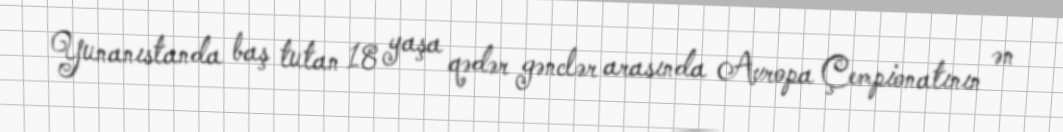
Yunanıstanda baş tutan 18 yaşa qədər gənclər arasında Avropa Çempionatının ən